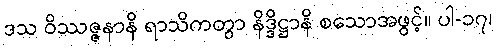
ဒသ ဝိဿဇ္ဇနာနိ ရာသိကတွာ နိဒ္ဒိဋ္ဌာနိ စသောအဖွင့်။ ပါ-၁၇၊